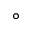
\circ